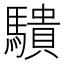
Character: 𬳱